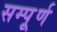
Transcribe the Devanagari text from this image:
सम्पूूूर्ण